65_HS1-834228961_62-HQ-83894_Section_3
Agency: FBI
Page 15
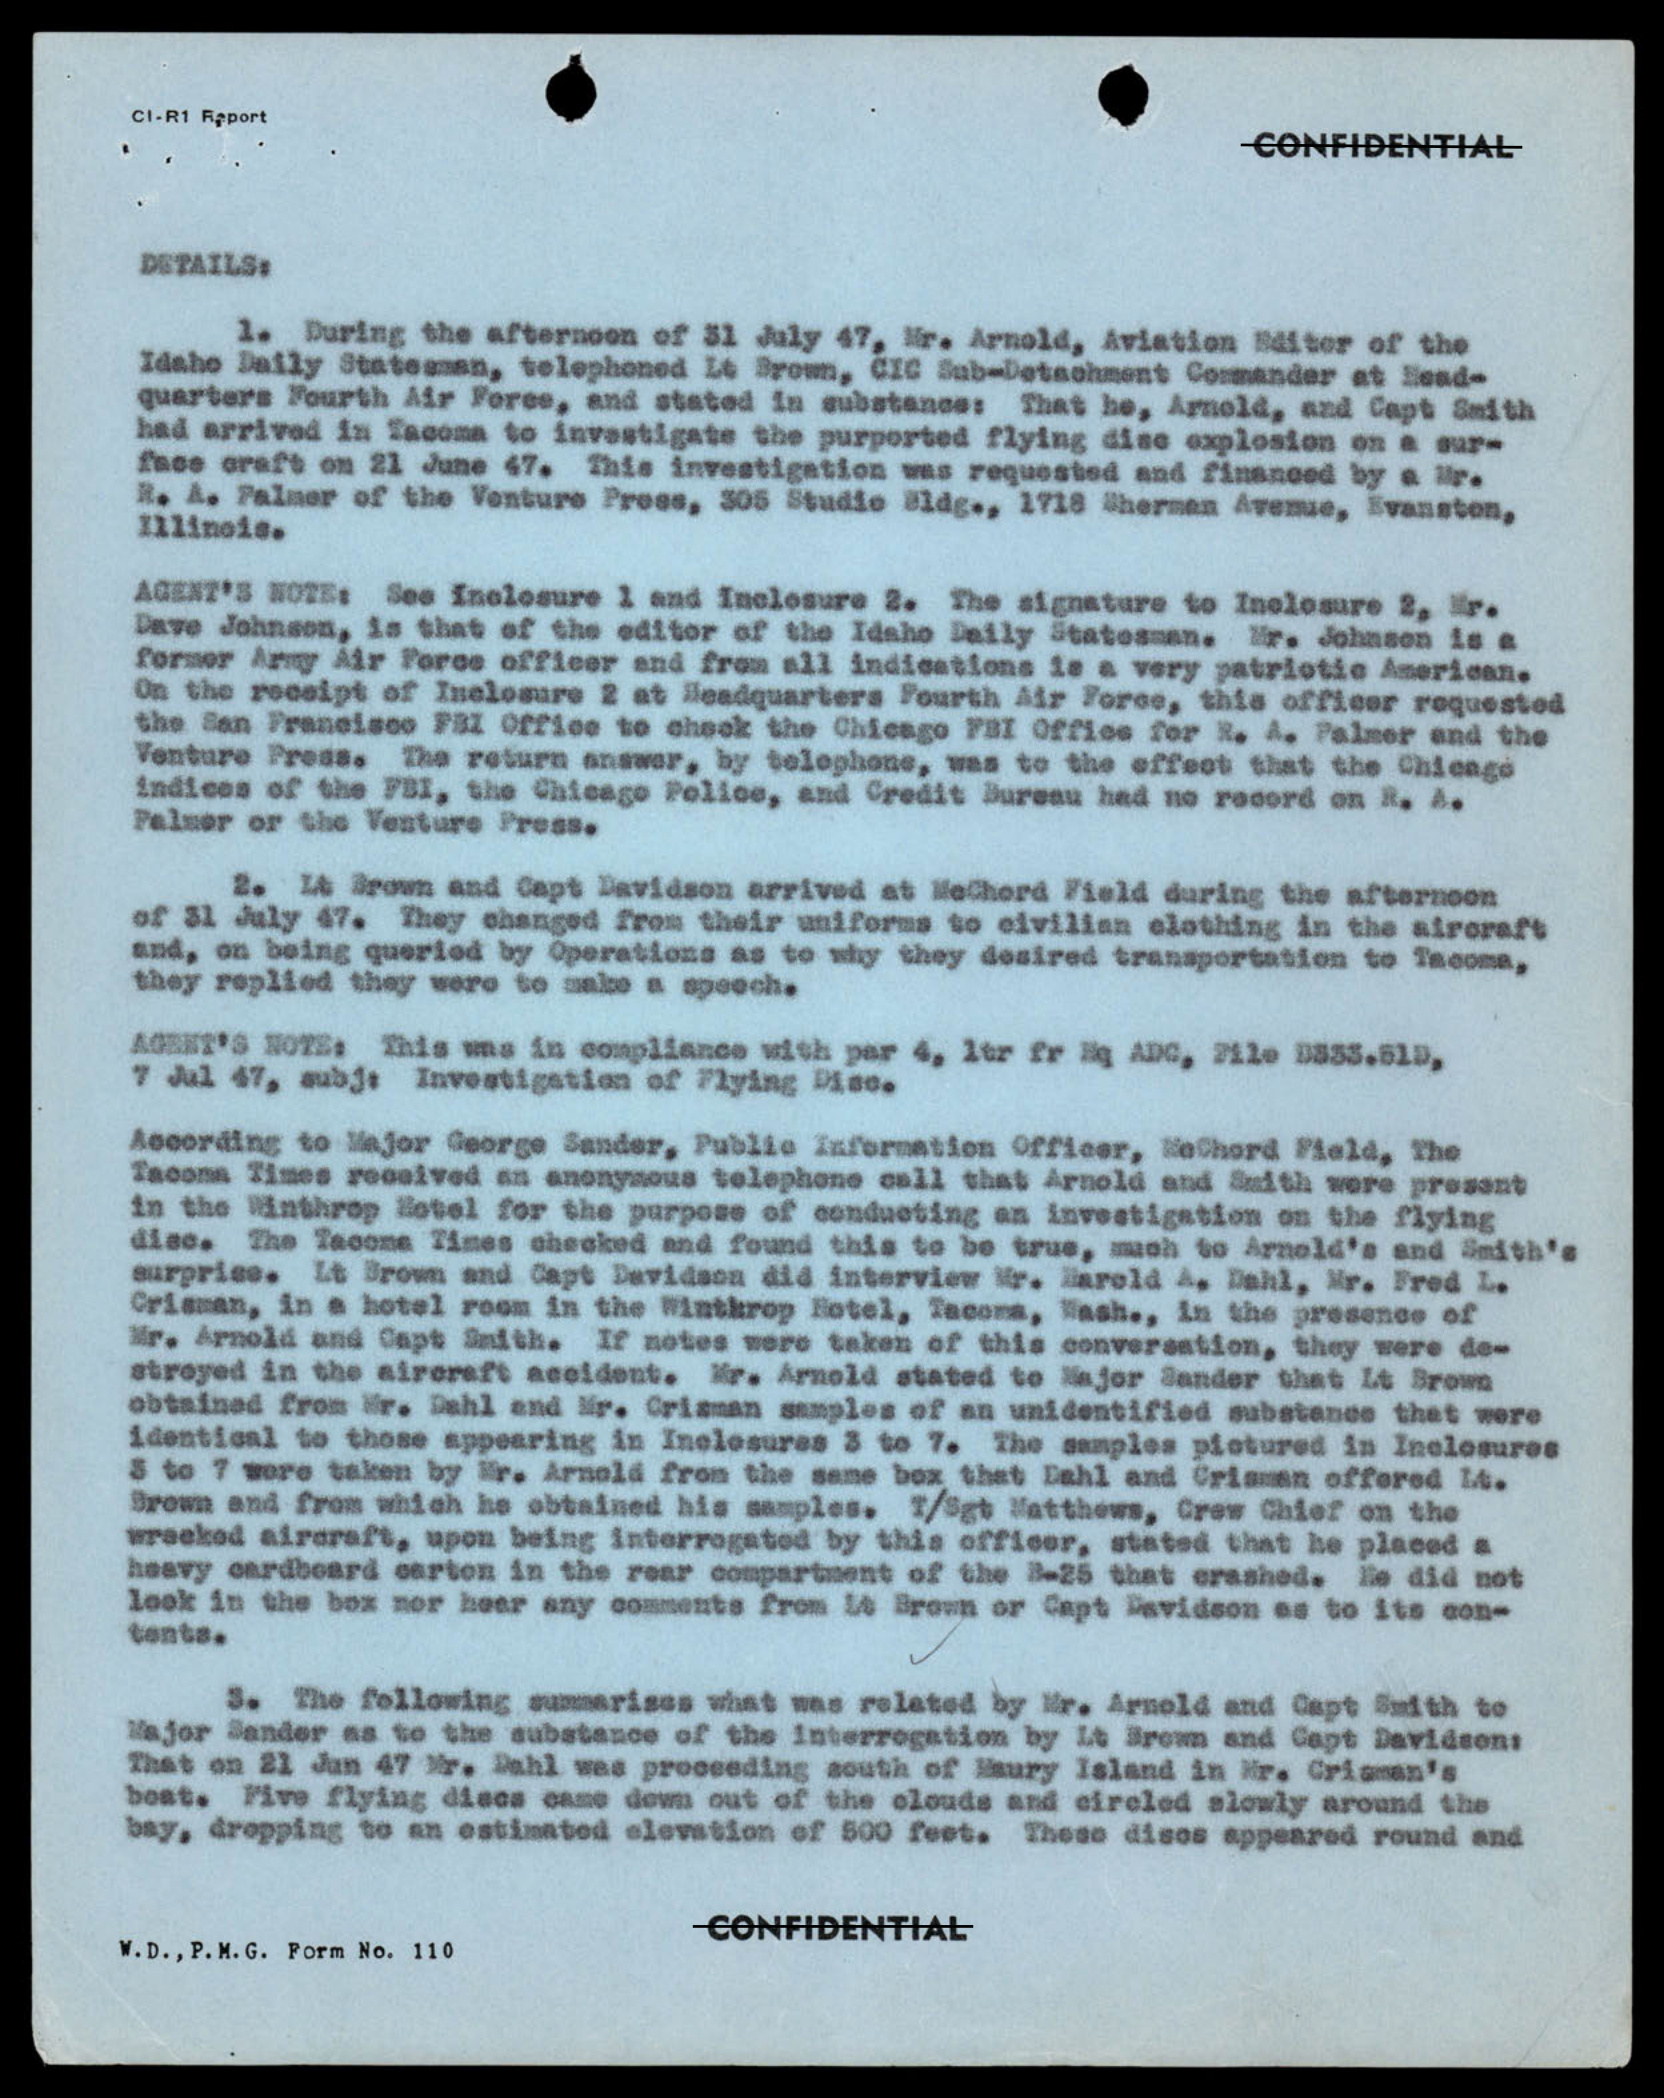